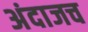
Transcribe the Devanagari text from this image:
अंदाजच